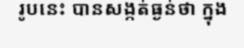
រូបនេះ បានសង្កត់ធ្ងន់ថា ក្នុង